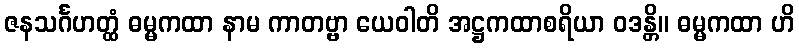
ဇနသင်္ဂဟတ္ထံ ဓမ္မကထာ နာမ ကာတဗ္ဗာ ယေဝါတိ အဋ္ဌကထာစရိယာ ဝဒန္တိ။ ဓမ္မကထာ ဟိ